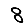
Digit: 8